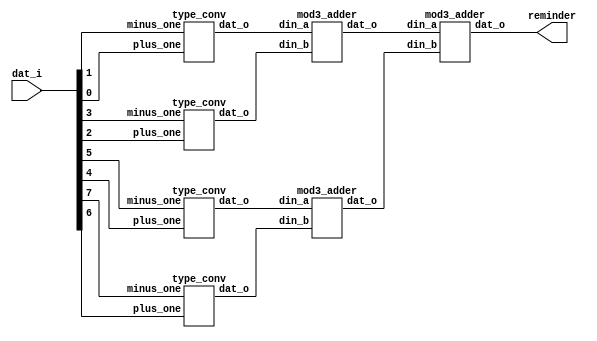
module  mod3 (
    input   [ 7: 0] dat_i,
    output  [ 1: 0] reminder
    );
    
    wire    [ 1: 0] dat_1, dat_2, dat_3, dat_4;
    wire    [ 1: 0] dat_5, dat_6;
    
    type_conv TC0(
        .plus_one(dat_i[0]),
        .minus_one(dat_i[1]),
        .dat_o(dat_1)
    );
    
    type_conv TC1(
        .plus_one(dat_i[2]),
        .minus_one(dat_i[3]),
        .dat_o(dat_2)
    );

    type_conv TC2(
        .plus_one(dat_i[4]),
        .minus_one(dat_i[5]),
        .dat_o(dat_3)
    );

    type_conv TC3(
        .plus_one(dat_i[6]),
        .minus_one(dat_i[7]),
        .dat_o(dat_4)
    );    
    
    mod3_adder MA0(
        .din_a(dat_1), .din_b(dat_2),
        .dat_o(dat_5)
    );

    mod3_adder MA1(
        .din_a(dat_3), .din_b(dat_4),
        .dat_o(dat_6)
    );

    mod3_adder MA3(
        .din_a(dat_5), .din_b(dat_6),
        .dat_o(reminder)
    );
    
endmodule
//convert to signed data
module  type_conv (
    input   plus_one,
            minus_one,
    output  reg [ 1: 0] dat_o
    );
    
    always@(*)  begin
        case ({plus_one, minus_one})
            2'b00   :   dat_o   = 2'b00;
            2'b01   :   dat_o   = 2'b10;
            2'b10   :   dat_o   = 2'b01;
            2'b11   :   dat_o   = 2'b00;
            default :   dat_o   = 2'b00;
        endcase
    end
    
endmodule

//a qucik mod3 adder
module  mod3_adder (
    input   [ 1: 0] din_a, din_b,
    output  reg [ 1: 0] dat_o
    );
    
    always@(*)  begin
        case ({din_a, din_b})
            4'b00_00    :   dat_o   = 2'b00;
            4'b00_01    :   dat_o   = 2'b01;
            4'b00_10    :   dat_o   = 2'b10;
            4'b01_00    :   dat_o   = 2'b01;
            4'b01_01    :   dat_o   = 2'b10;
            4'b01_10    :   dat_o   = 2'b00;
            4'b10_00    :   dat_o   = 2'b10;
            4'b10_01    :   dat_o   = 2'b00;
            4'b10_10    :   dat_o   = 2'b01;
            default     :   dat_o   = 2'b00;
        endcase
    end
endmodule